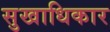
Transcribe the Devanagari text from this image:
सुखाधिकार